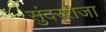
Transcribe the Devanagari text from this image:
सुंदरराजा